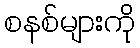
စနစ်များကို